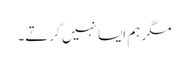
مگر ہم ایسا نہیں کرتے۔